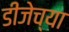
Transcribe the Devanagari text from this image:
डीजेच्या